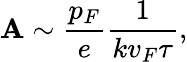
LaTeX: \mathbf{A}\sim\frac{{p_{F}}}{{e}}\frac{{1}}{{kv_{F}\tau}},